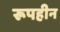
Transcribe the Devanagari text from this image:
रूपहीन